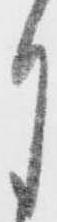
月